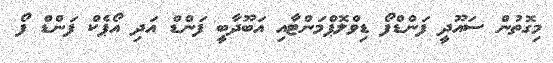
މިގޮތުން ސައޫދީ ފަންޑްފޯ ޑިވްލޮޕްމަންޓާއި އަބޫދާބީ ފަންޑް އަދި އޯޕެކް ފަންޑް ފޯ